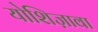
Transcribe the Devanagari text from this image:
योशिज़ावा